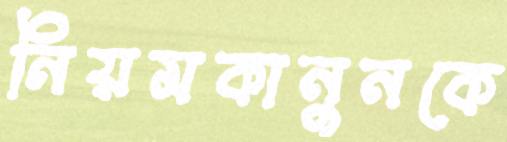
নিয়মকানুনকে